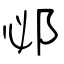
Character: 邲